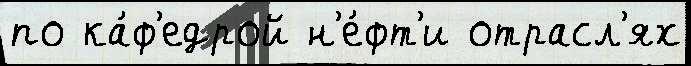
по ка́ф'едрой н'е́фт'и отрасл'ях